65_HS1-834228961_62-HQ-83894_Section_4
Agency: FBI
Page 148
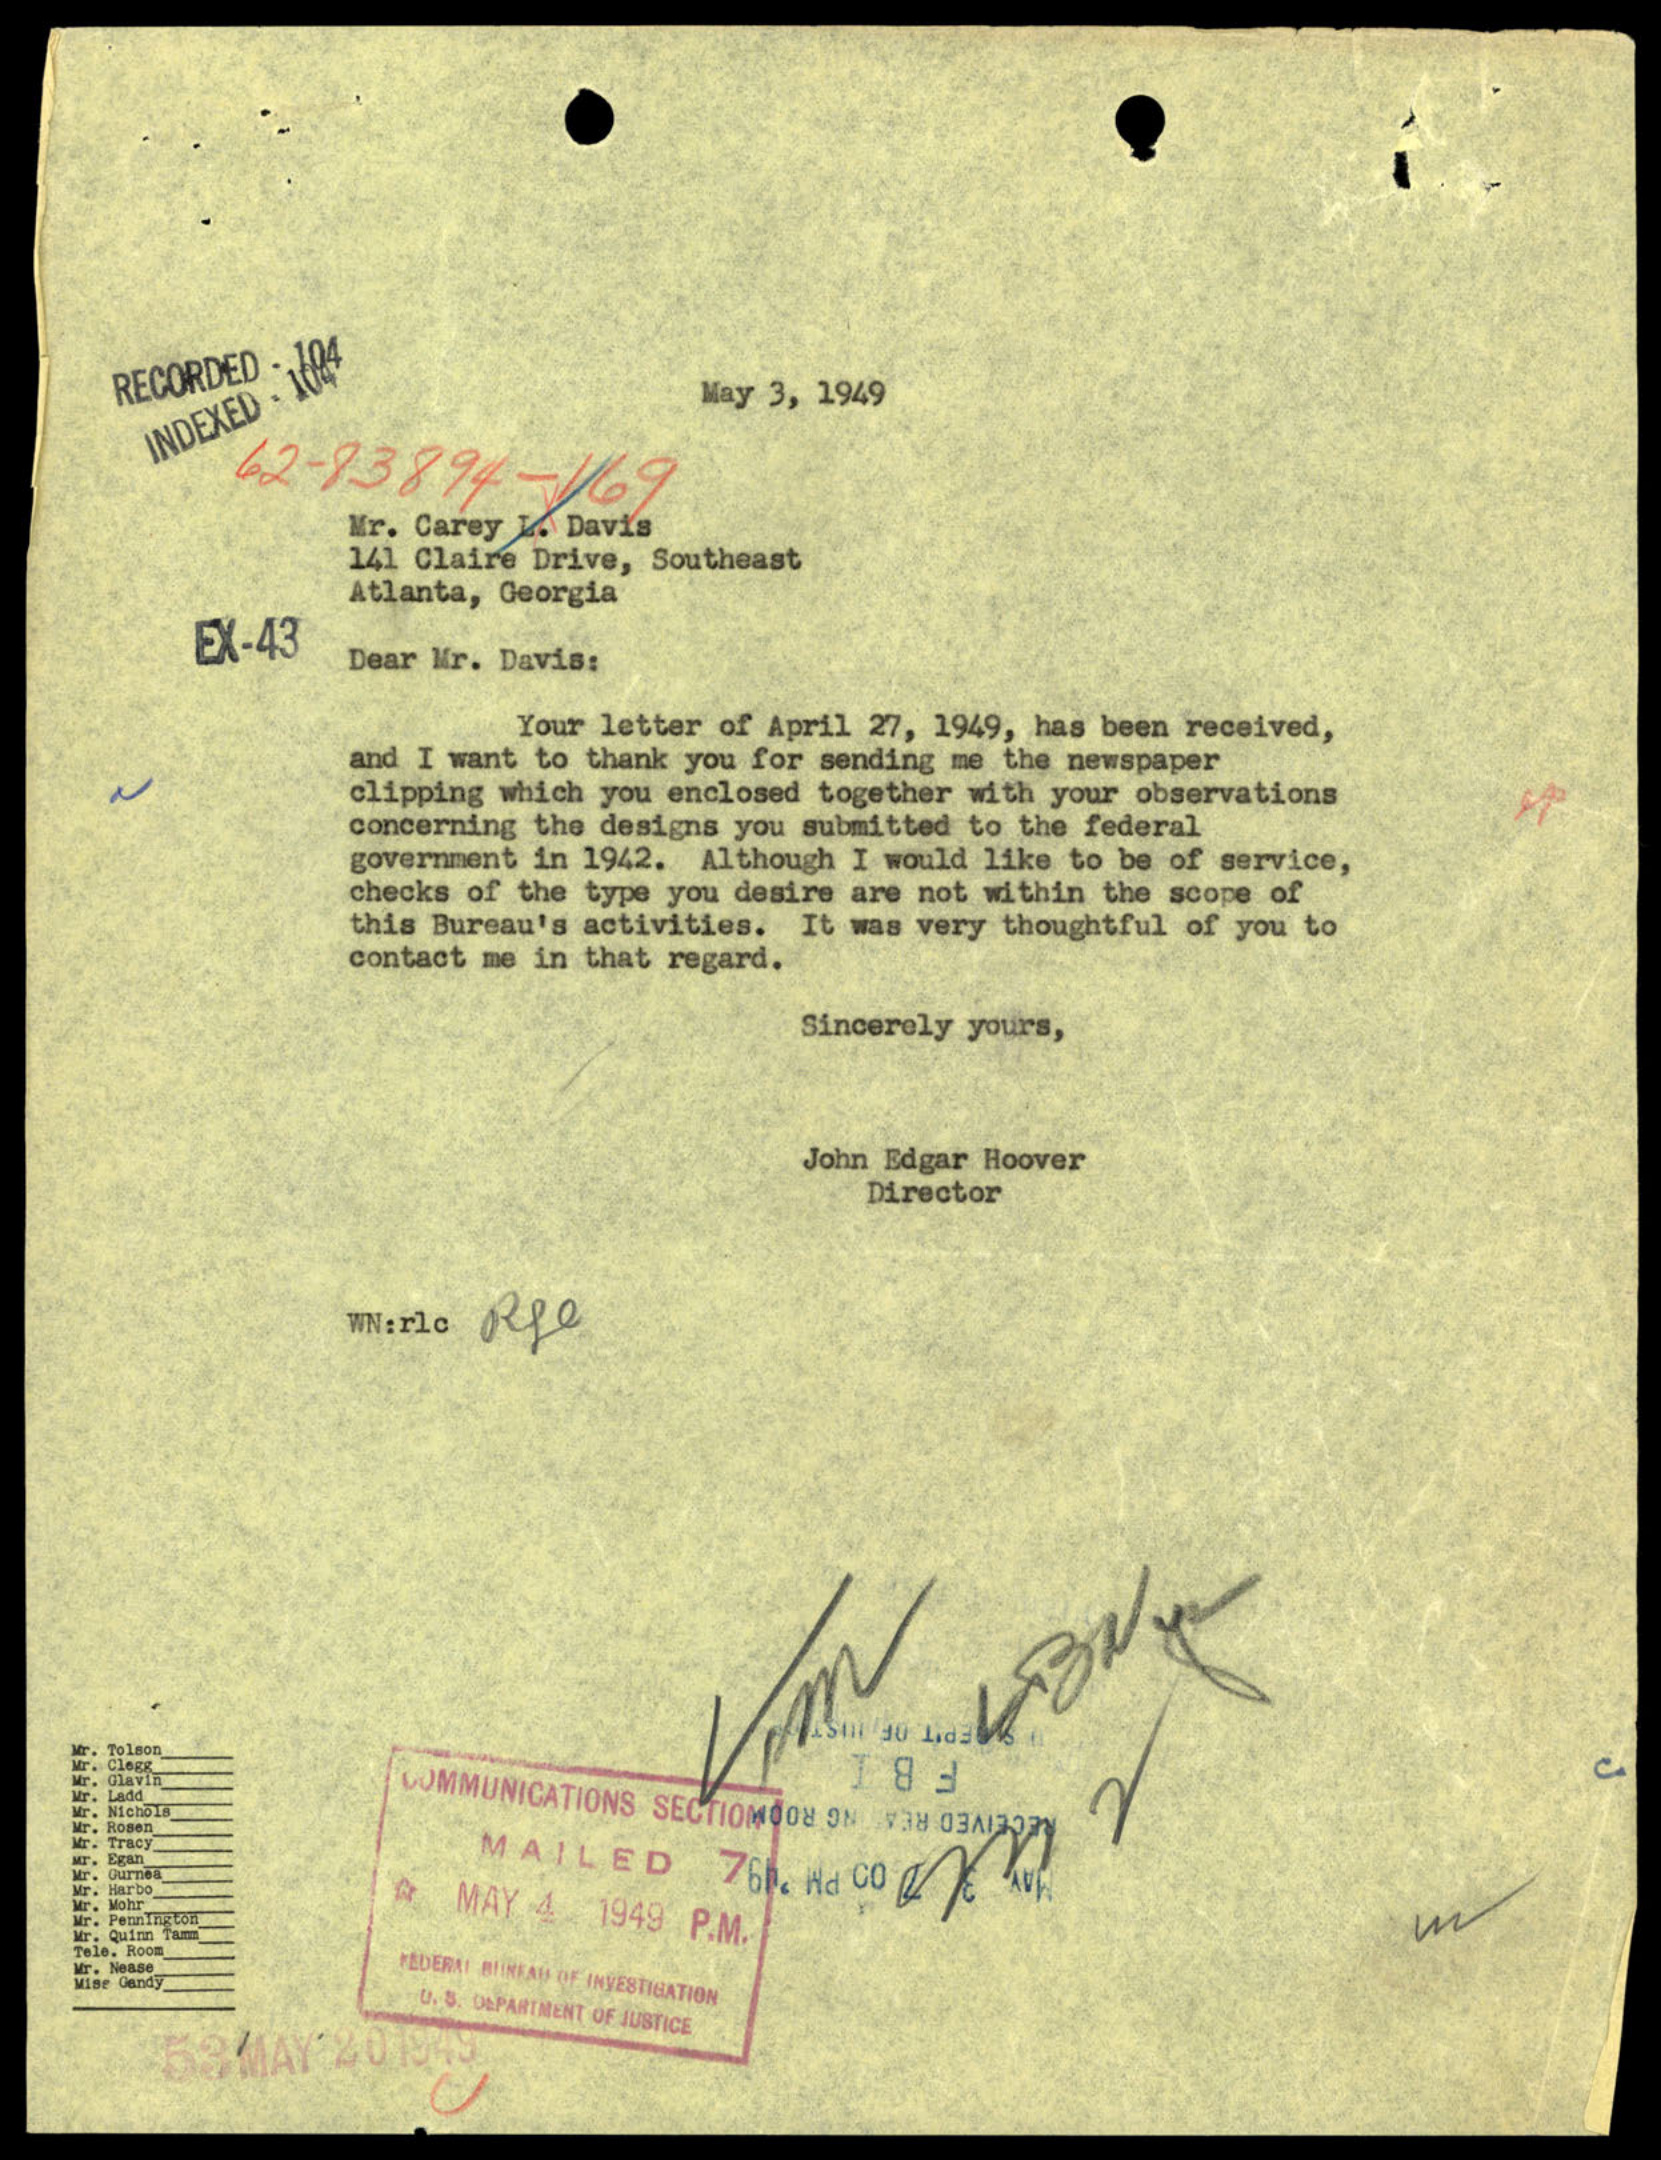